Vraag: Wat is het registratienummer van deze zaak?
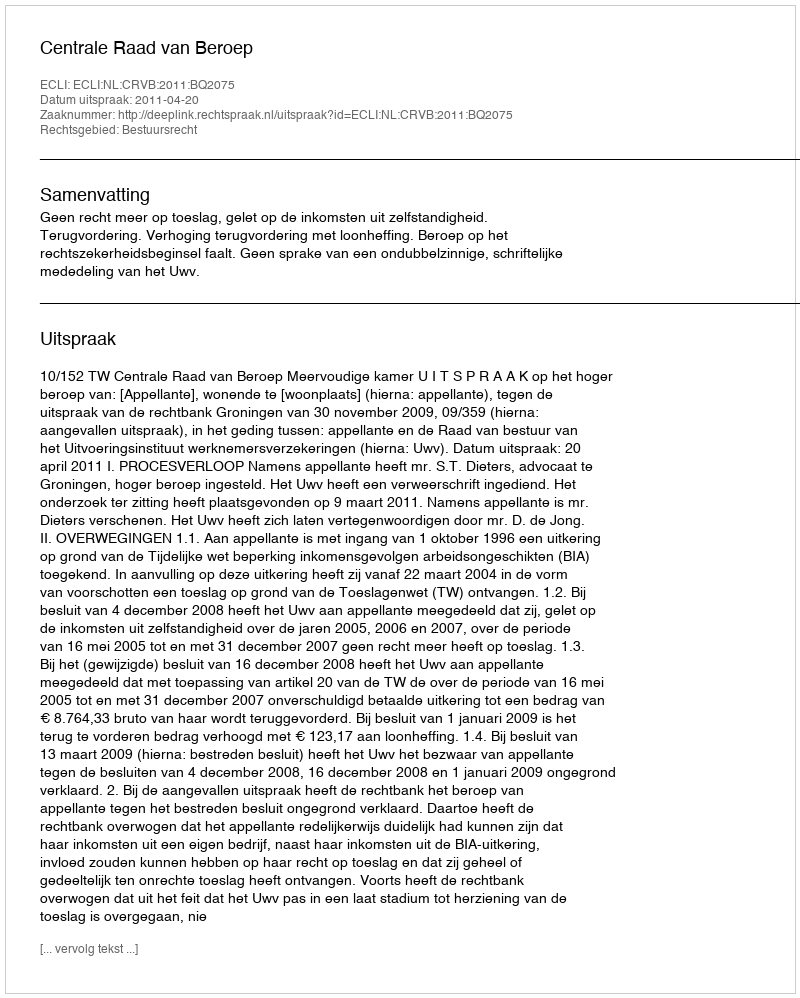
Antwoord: http://deeplink.rechtspraak.nl/uitspraak?id=ECLI:NL:CRVB:2011:BQ2075